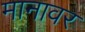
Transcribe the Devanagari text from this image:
मानावर